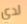
لدي